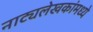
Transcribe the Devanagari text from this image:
नाट्यलेखकांमध्ये